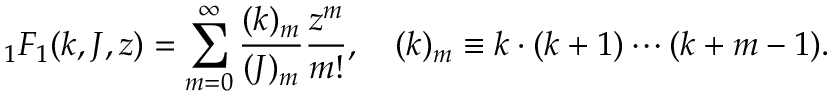
{ } _ { 1 } F _ { 1 } ( k , J , z ) = \sum _ { m = 0 } ^ { \infty } \frac { ( k ) _ { m } } { ( J ) _ { m } } \frac { z ^ { m } } { m ! } , \quad ( k ) _ { m } \equiv k \cdot ( k + 1 ) \cdots ( k + m - 1 ) .